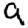
Digit: 9